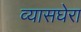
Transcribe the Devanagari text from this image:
व्यासघेरा